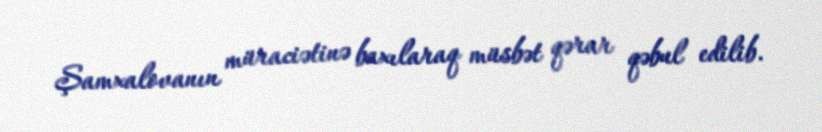
Şamxalovanın müraciətinə baxılaraq müsbət qərar qəbul edilib.